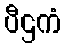
ပီဌကံ